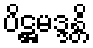
ပိဋ္ဌမဒ္ဒန္တိ